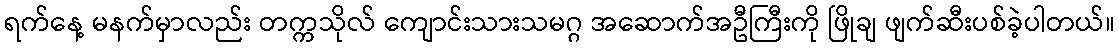
ရက်နေ့ မနက်မှာလည်း တက္ကသိုလ် ကျောင်းသားသမဂ္ဂ အဆောက်အဦကြီးကို ဖြိုချ ဖျက်ဆီးပစ်ခဲ့ပါတယ်။